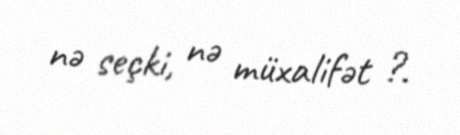
nə seçki, nə müxalifət ?.